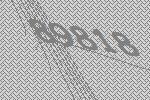
89818